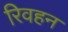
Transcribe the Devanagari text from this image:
रिवहन